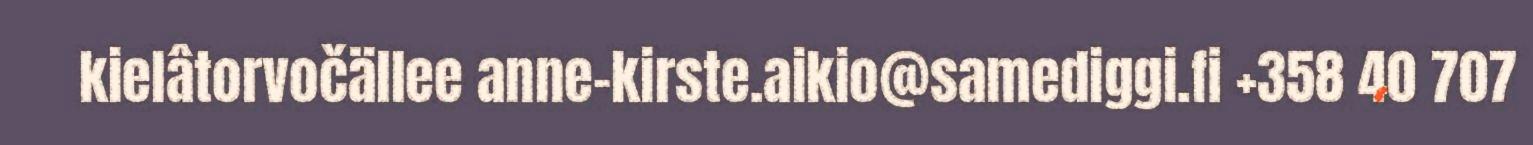
kielâtorvočällee anne-kirste.aikio@samediggi.fi +358 40 707